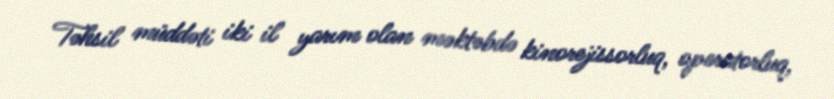
Təhsil müddəti iki il yarım olan məktəbdə kinorejissorluq, operatorluq,